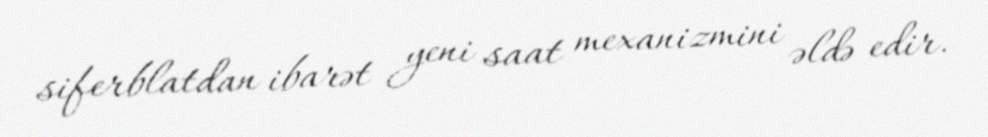
siferblatdan ibarət yeni saat mexanizmini əldə edir.